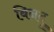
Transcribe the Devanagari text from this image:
बिनदु